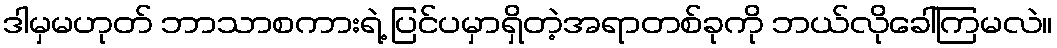
ဒါမှမဟုတ် ဘာသာစကားရဲ့ ပြင်ပမှာရှိတဲ့အရာတစ်ခုကို ဘယ်လိုခေါ်ကြမလဲ။